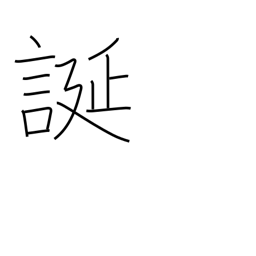
Meaning: be arbitrary